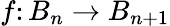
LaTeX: f\colon B_{n}\to B_{n+1}